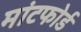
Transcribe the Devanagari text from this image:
मांटफोर्ड